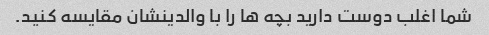
شما اغلب دوست دارید بچه ها را با والدینشان مقایسه کنید.